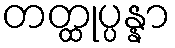
တတ္ထုပ္ပန္နာ